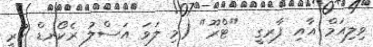
ވިލިއަމް އާއި ފާރގީ  "ޓްރޫ" (މި ލަވަ އަސްލު ރެކޯރޑް ކުރީ